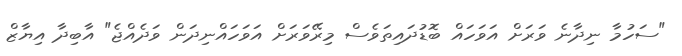
"ސަހުމާ ނިދާނެ ވަރަށް އަވަހައް ބޮޑުދައިތަވެސް މިރޭވަރަށް އަވަހައްނިދަން ވަދެއްޖެ" އާބިދާ އިޔާޒް